Studies on the mouth parts a Comparative anatomy of the proboscis in the blood-sucking muscidae - Number 60
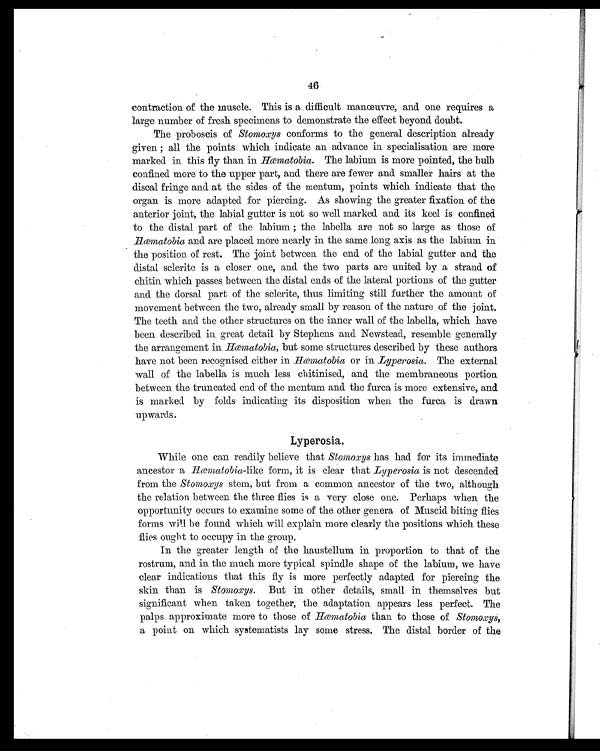
46
contraction of the muscle. This is a difficult manœuvre, and one requires a
large number of fresh specimens to demonstrate the effect beyond doubt.
The proboscis of Stomoxys conforms to the general description already
given; all the points which indicate an advance in specialisation are more
marked in this fly than in Hæmatobia . The labium is more pointed, the bulb
confined more to the upper part, and there are fewer and smaller hairs at the
discal fringe and at the sides of the mentum, points which indicate that the
organ is more adapted for piercing. As showing the greater fixation of the
anterior joint, the labial gutter is not so well marked and its keel is confined
to the distal part of the labium; the labella are not so large as those of
Hæ matobia and are placed more nearly in the same long axis as the labium in
the position of rest. The joint between the end of the labial gutter and the
distal sclerite is a closer one, and the two parts are united by a strand of
chitin which passes between the distal ends of the lateral portions of the gutter
and the dorsal part of the sclerite, thus limiting still further the amount of
movement between the two, already small by reason of the nature of the joint.
The teeth and the other structures on the inner wall of the labella, which have
been described in great detail by Stephens and Newstead, resemble generally
the arrangement in Hæmatobia, but some structures described by these authors
have not been recognised either in Hæmatobia or in Lyperosia . The external
wall of the labella is much less chitinised, and the membraneous portion
between the truncated end of the mentum and the furca is more extensive, and
is marked by folds indicating its disposition when the furca is drawn
upwards .
Lyperosia.
While one can readily believe that Stomoxys has had for its immediate
ancestor a Hæmatobia- l i k e
f o r m , i t i s c l e a r t h a t
L y p e r o s i a
i s n o t d e s c e n d e d
from the Stomoxys stem, but from a common ancestor of the two, although
the relation between the three flies is a very close one. Perhaps when the
opportunity occurs to examine some of the other genera of Muscid biting flies
forms will be found which will explain more clearly the positions which these
flies ought to occupy in the group.
In the greater length of the haustellum in proportion to that of the
rostrum, and in the much more typical spindle shape of the labium, we have
clear indications that this fly is more perfectly adapted for piercing the
skin than is Stomoxys . But in other details, small in themselves but
significant when taken together, the adaptation appears less perfect. The
palps approximate more to those of Hæmatobia than to those of Stomoxys,
a point on which systematists lay some stress. The distal border of the